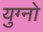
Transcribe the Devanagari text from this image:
युग्नो